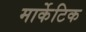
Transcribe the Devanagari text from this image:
मार्केटिक